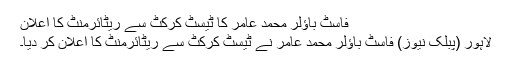
فاسٹ باؤلر محمد عامر کا ٹیسٹ کرکٹ سے ریٹائرمنٹ کا اعلان
لاہور (پبلک نیوز) فاسٹ باؤلر محمد عامر نے ٹیسٹ کرکٹ سے ریٹائرمنٹ کا اعلان کر دیا۔